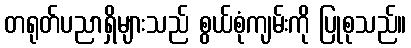
တရုတ်ပညာရှိများသည် စွယ်စုံကျမ်းကို ပြုစုသည်။